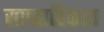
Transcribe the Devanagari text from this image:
साप्‍ताहिकात